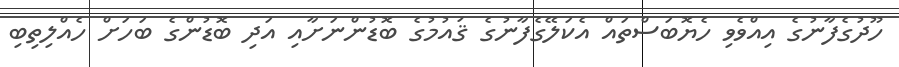
ހޫދުގެފާނުގެ އިއްވެވި ހެޔޮބަސްތައް އެކަލޭގެފާނުގެ ޤައުމުގެ ބޮޑުންނަށާއި އަދި ބޮޑުންގެ ބަހަށް ހެއްލިތިބި